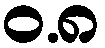
ဝ.၈